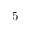
5